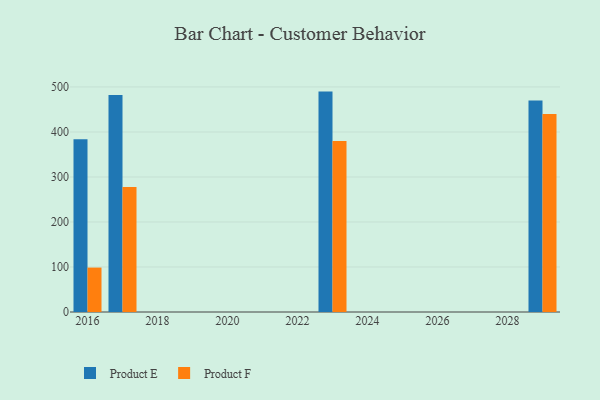
{"axis": {"x": "Year", "y": "Active Users"}, "legend": ["Product E", "Product F"], "data": [{"x": "2016", "y": 384.1, "type": "Product E"}, {"x": "2016", "y": 98.7, "type": "Product F"}, {"x": "2017", "y": 482.4, "type": "Product E"}, {"x": "2017", "y": 277.9, "type": "Product F"}, {"x": "2029", "y": 470.2, "type": "Product E"}, {"x": "2029", "y": 440.1, "type": "Product F"}, {"x": "2023", "y": 489.7, "type": "Product E"}, {"x": "2023", "y": 379.8, "type": "Product F"}]}